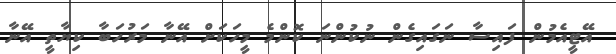
އޭޓީއެމުން ފައިސާ ނަގައިގެން ނުކުންނަ ކޮންމެ މީހަކަށް އޭނާ މަރުހަބާ ކިޔާތީ އޭނާ